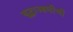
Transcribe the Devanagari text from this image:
युद्धाआधीची